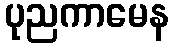
ပုညကာမေန